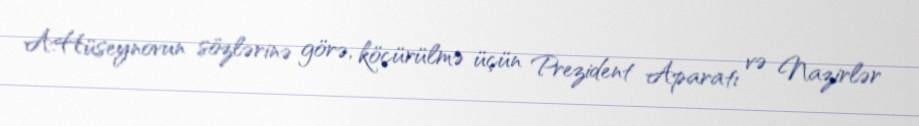
A.Hüseynovun sözlərinə görə, köçürülmə üçün Prezident Aparatı və Nazirlər